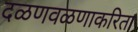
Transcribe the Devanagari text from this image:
दळणवळणाकरिता